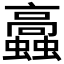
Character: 𧕔